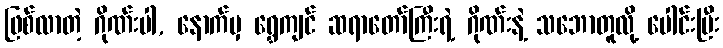
ဖြစ်လာတဲ့ ဂိုဏ်းပါ, နောက်မှ ရွှေကျင် ဆရာတော်ကြီးရဲ့ ဂိုဏ်းနဲ့ သဘောတူလို့ ပေါင်းပြီး